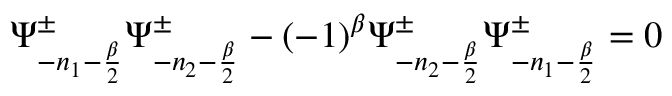
\Psi _ { - n _ { 1 } - { \frac { \beta } { 2 } } } ^ { \pm } \Psi _ { - n _ { 2 } - { \frac { \beta } { 2 } } } ^ { \pm } - ( - 1 ) ^ { \beta } \Psi _ { - n _ { 2 } - { \frac { \beta } { 2 } } } ^ { \pm } \Psi _ { - n _ { 1 } - { \frac { \beta } { 2 } } } ^ { \pm } = 0